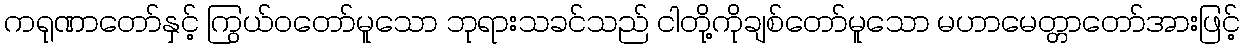
ကရုဏာတော်နှင့် ကြွယ်ဝတော်မူသော ဘုရားသခင်သည် ငါတို့ကိုချစ်တော်မူသော မဟာမေတ္တာတော်အားဖြင့်